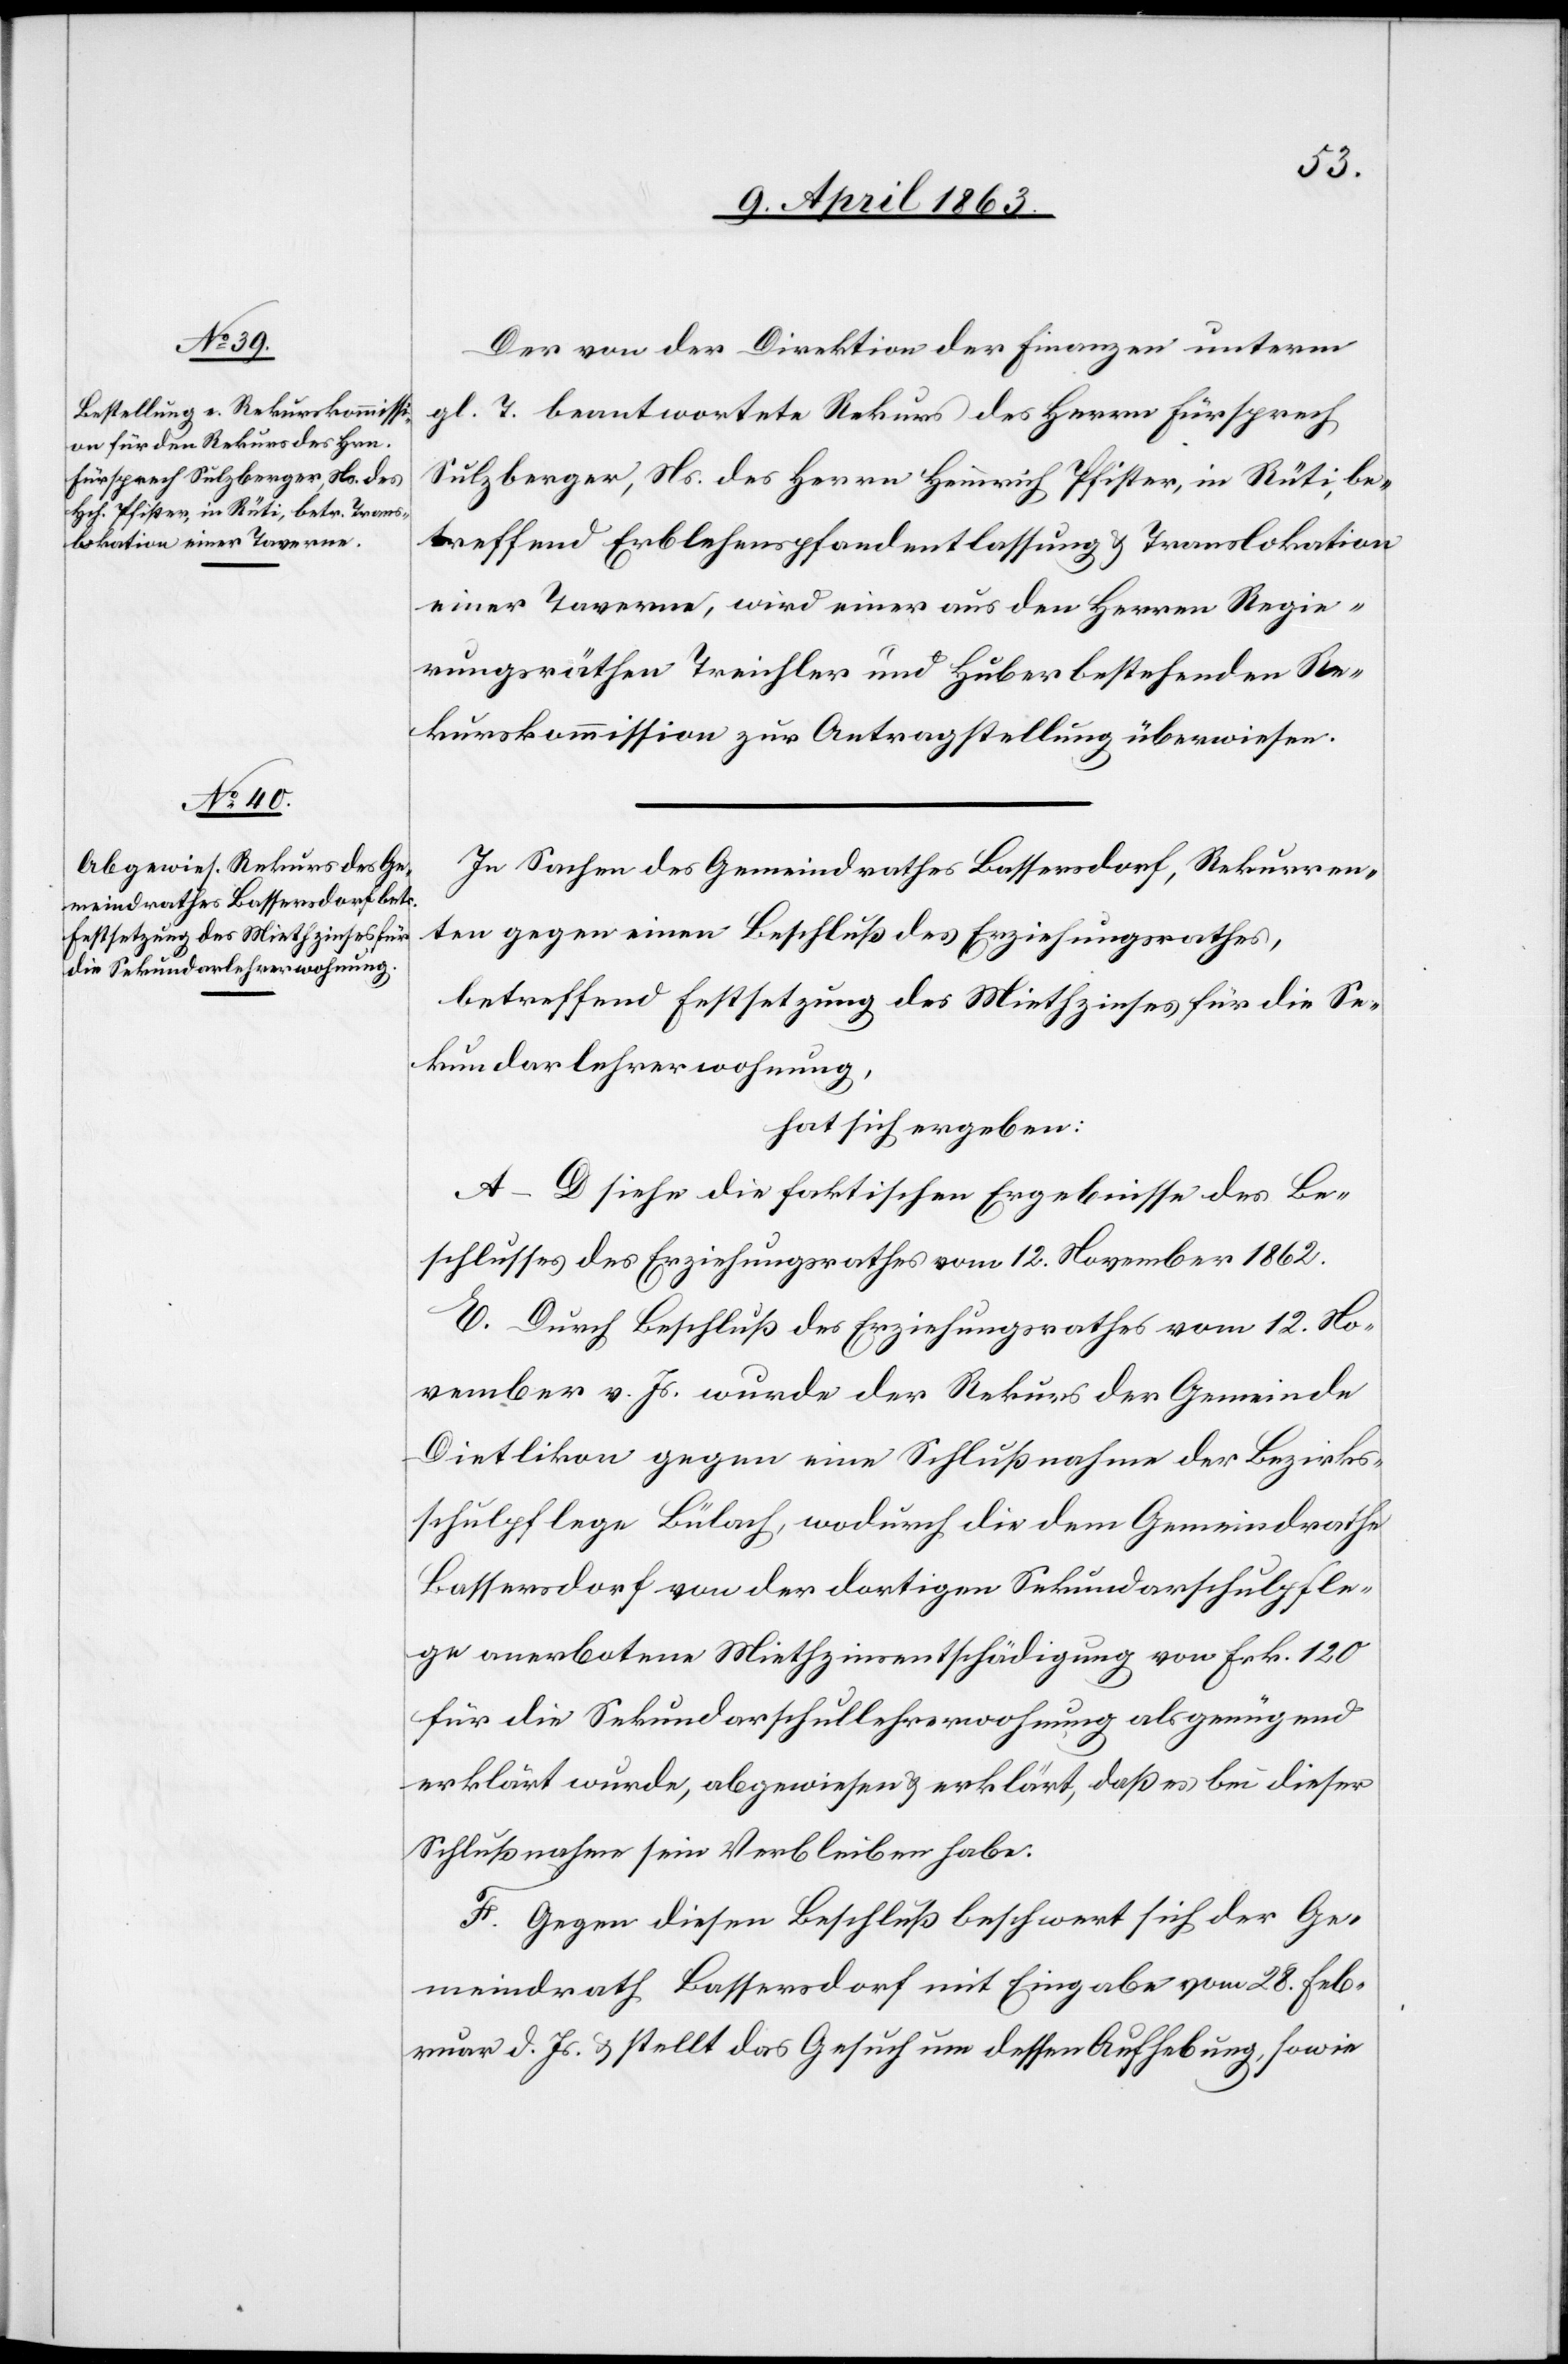
Der von der Direktion der Finanzen unterm
gl. T. beantwortete Rekurs des Herrn Fürsprech
Sulzberger, Ns. des Herrn Heinrich Pfister, in Rüti, be¬
treffend Erblehenspfandentlassung & Translokation
einer Taverne, wird einer aus den Herren Regie¬
rungsräthen Treichler und Huber bestehenden Re¬
kurskommission zur Antragstellung überwiesen.
In Sachen des Gemeindrathes Bassersdorf, Rekurren¬
ten gegen einen Beschluß des Erziehungsrathes,
betreffend Festsetzung des Miethzinses für die Se¬
kundarlehrerwohnung,
hat sich ergeben:
A–D siehe die faktischen Ergebnisse des Be¬
schlusses des Erziehungsrathes vom 12. November 1862.
E. Durch Beschluß des Erziehungsrathes vom 12. No¬
vember v. Js. wurde der Rekurs der Gemeinde
Dietlikon gegen eine Schlußnahme der Bezirks¬
schulpflege Bülach, wodurch die dem Gemeindrathe
Bassersdorf von der dortigen Sekundarschulpfle¬
ge anerbotene Miethzinsentschädigung von Frk. 120
für die Sekundarschullehrerwohnung als genügend
erklärt wurde, abgewiesen & erklärt, daß es bei dieser
Schlußnahme sein Verbleiben habe.
F. Gegen diesen Beschluß beschwert sich der Ge¬
meindrath Bassersdorf mit Eingabe vom 28. Feb¬
ruar d. Js. & stellt das Gesuch um dessen Aufhebung, sowie